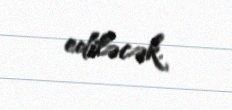
ediləcək.